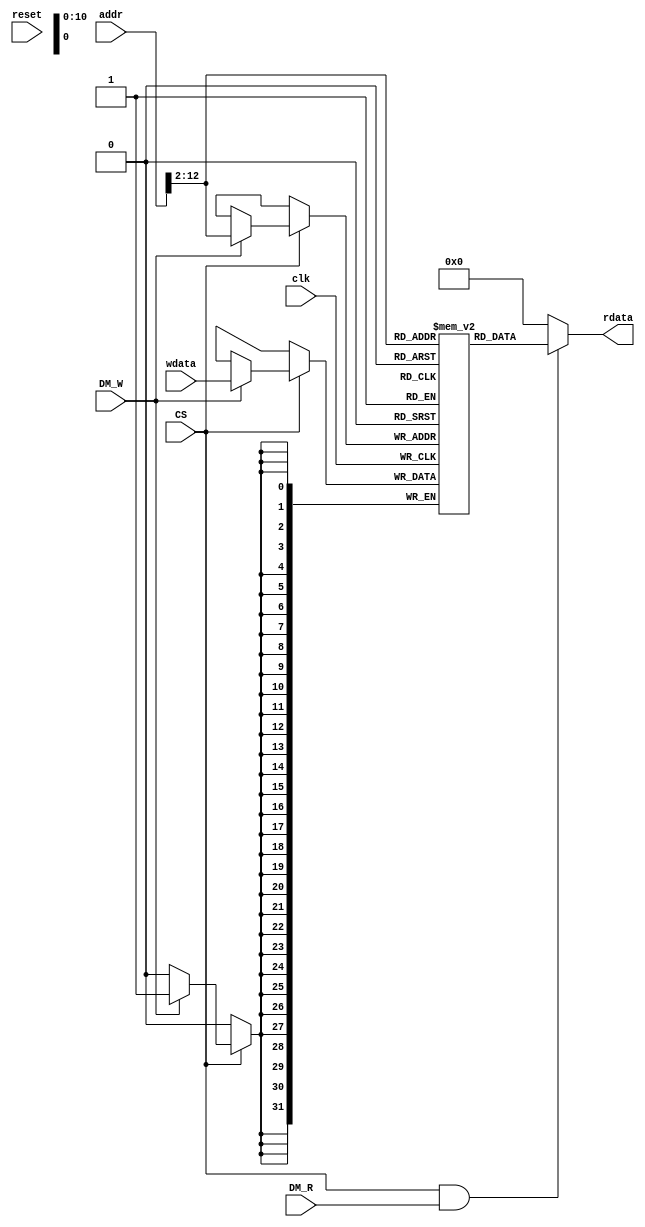
`timescale 1ns / 1ps


module dmem(
input clk,
input reset,
input CS,
input DM_W,
input DM_R,
input [31:0] addr,
input [31:0] wdata,
output [31:0] rdata
    );
    
reg [31:0] RAM [2047:0];
assign rdata=(CS&DM_R)?RAM[addr[31:2]]:32'h0;

always @(posedge clk)
begin
  if(CS)
  begin
    if(DM_W)
    RAM[addr[31:2]]<=wdata;
  end
end
endmodule